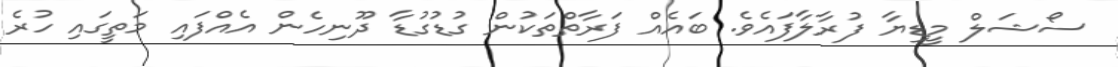
ސޯޝަލް މީޑިޔާ ފުރާލާފައެވެ. ބައެއް ފަރާތްތަކުން ގުޑުގުޑާ ދޫނިހެން އެއްފައި މަތީގައި ހުރެ